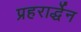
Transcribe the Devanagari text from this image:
प्रहरार्द्धेन